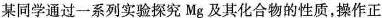
某同学通过一系列实验探究Mg 及其化合物的性质，操作正